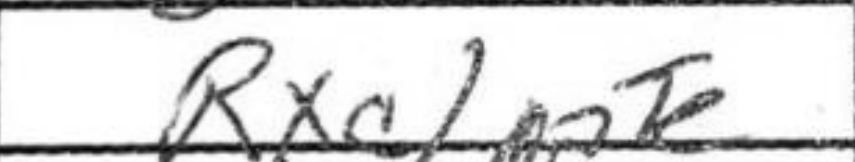
Transcription: Rxc1